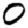
Digit: 0